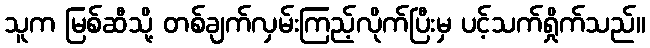
သူက မြစ်ဆီသို့ တစ်ချက်လှမ်းကြည့်လိုက်ပြီးမှ ပင့်သက်ရှိုက်သည်။